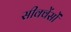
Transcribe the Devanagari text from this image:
सीक्वेंसों